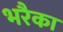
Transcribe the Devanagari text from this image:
भरैका